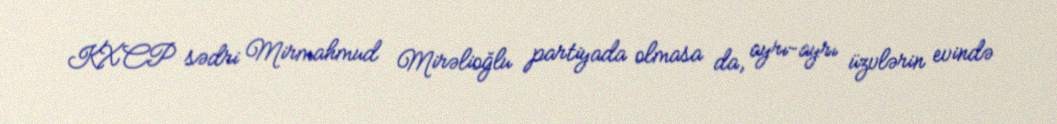
KXCP sədri Mirmahmud Mirəlioğlu partiyada olmasa da, ayrı-ayrı üzvlərin evində